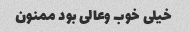
خیلی خوب وعالی بود ممنون